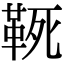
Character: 𩊢